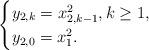
LaTeX: \begin{align*}\begin{cases}y_{2,k}=x_{2,k-1}^2, k\geq 1,\\y_{2,0}=x_1^2.\end{cases}\end{align*}